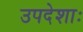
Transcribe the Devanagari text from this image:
उपदेशाः